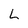
Character: L